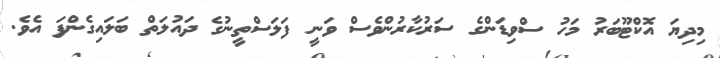
މިދިޔަ އޮކްޓޫބަރު މަހު ސްވިޑަންގެ ސަރުކާރުންވެސް ވަނީ ފަލަސްތީނުގެ ދައުލަތް ބަލައިގެންފަ އެވެ.